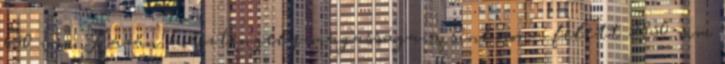
650 mm Kazán hossztengely-magassága a sínkorona felett 2850 mm